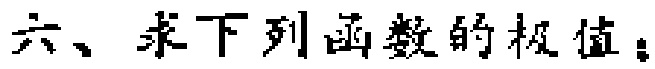
六、求下列函数的极值：